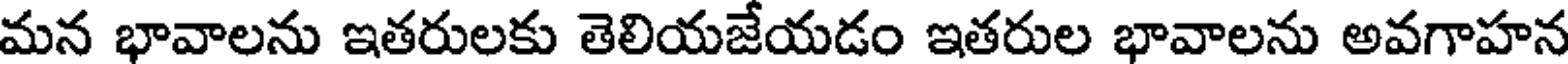
మన భావాలను ఇతరులకు తెలియజేయడం ఇతరుల భావాలను అవగాహన